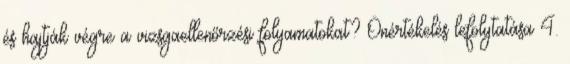
és hajtják végre a vizsgaellenőrzési folyamatokat? Önértékelés lefolytatása 4.